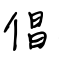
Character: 倡